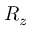
R _ { z }